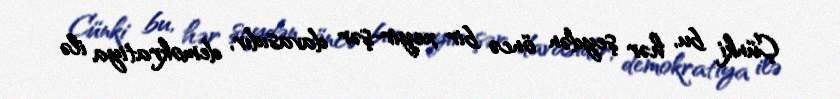
Çünki bu, hər şeydən öncə bir xeyir-şər davasıdır, demokratiya ilə